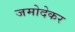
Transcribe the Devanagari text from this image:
जमोदेकर